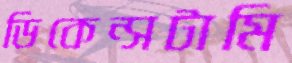
ডিকেন্সটামি